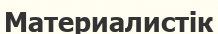
Материалистік